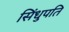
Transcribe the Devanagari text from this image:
सिंधुपति